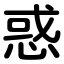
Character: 惑